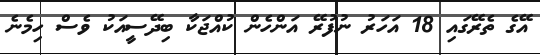
އޭގެ ތެރޭގައި 18 އަހަރު ނުފުރޭ އަންހެން ކުއްޖަކާ ބިދޭސީއަކު ވެސް ހިމެނެ